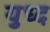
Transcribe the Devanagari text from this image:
युध्‍द